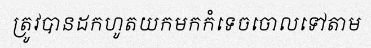
ត្រូវបានដកហូតយកមកកំទេចចោលទៅតាម